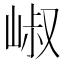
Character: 𡹧